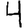
Digit: 4